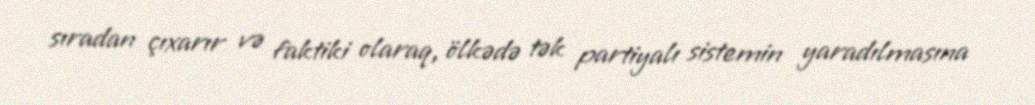
sıradan çıxarır və faktiki olaraq, ölkədə tək partiyalı sistemin yaradılmasına